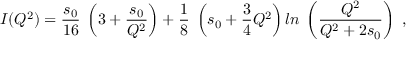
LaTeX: I ( Q ^ { 2 } ) = \frac { s _ { 0 } } { 1 6 } \; \left( 3 + \frac { s _ { 0 } } { Q ^ { 2 } } \right) + \frac { 1 } { 8 } \; \left( s _ { 0 } + \frac { 3 } { 4 } Q ^ { 2 } \right) l n \; \left( \frac { Q ^ { 2 } } { Q ^ { 2 } + 2 s _ { 0 } } \right) \; ,